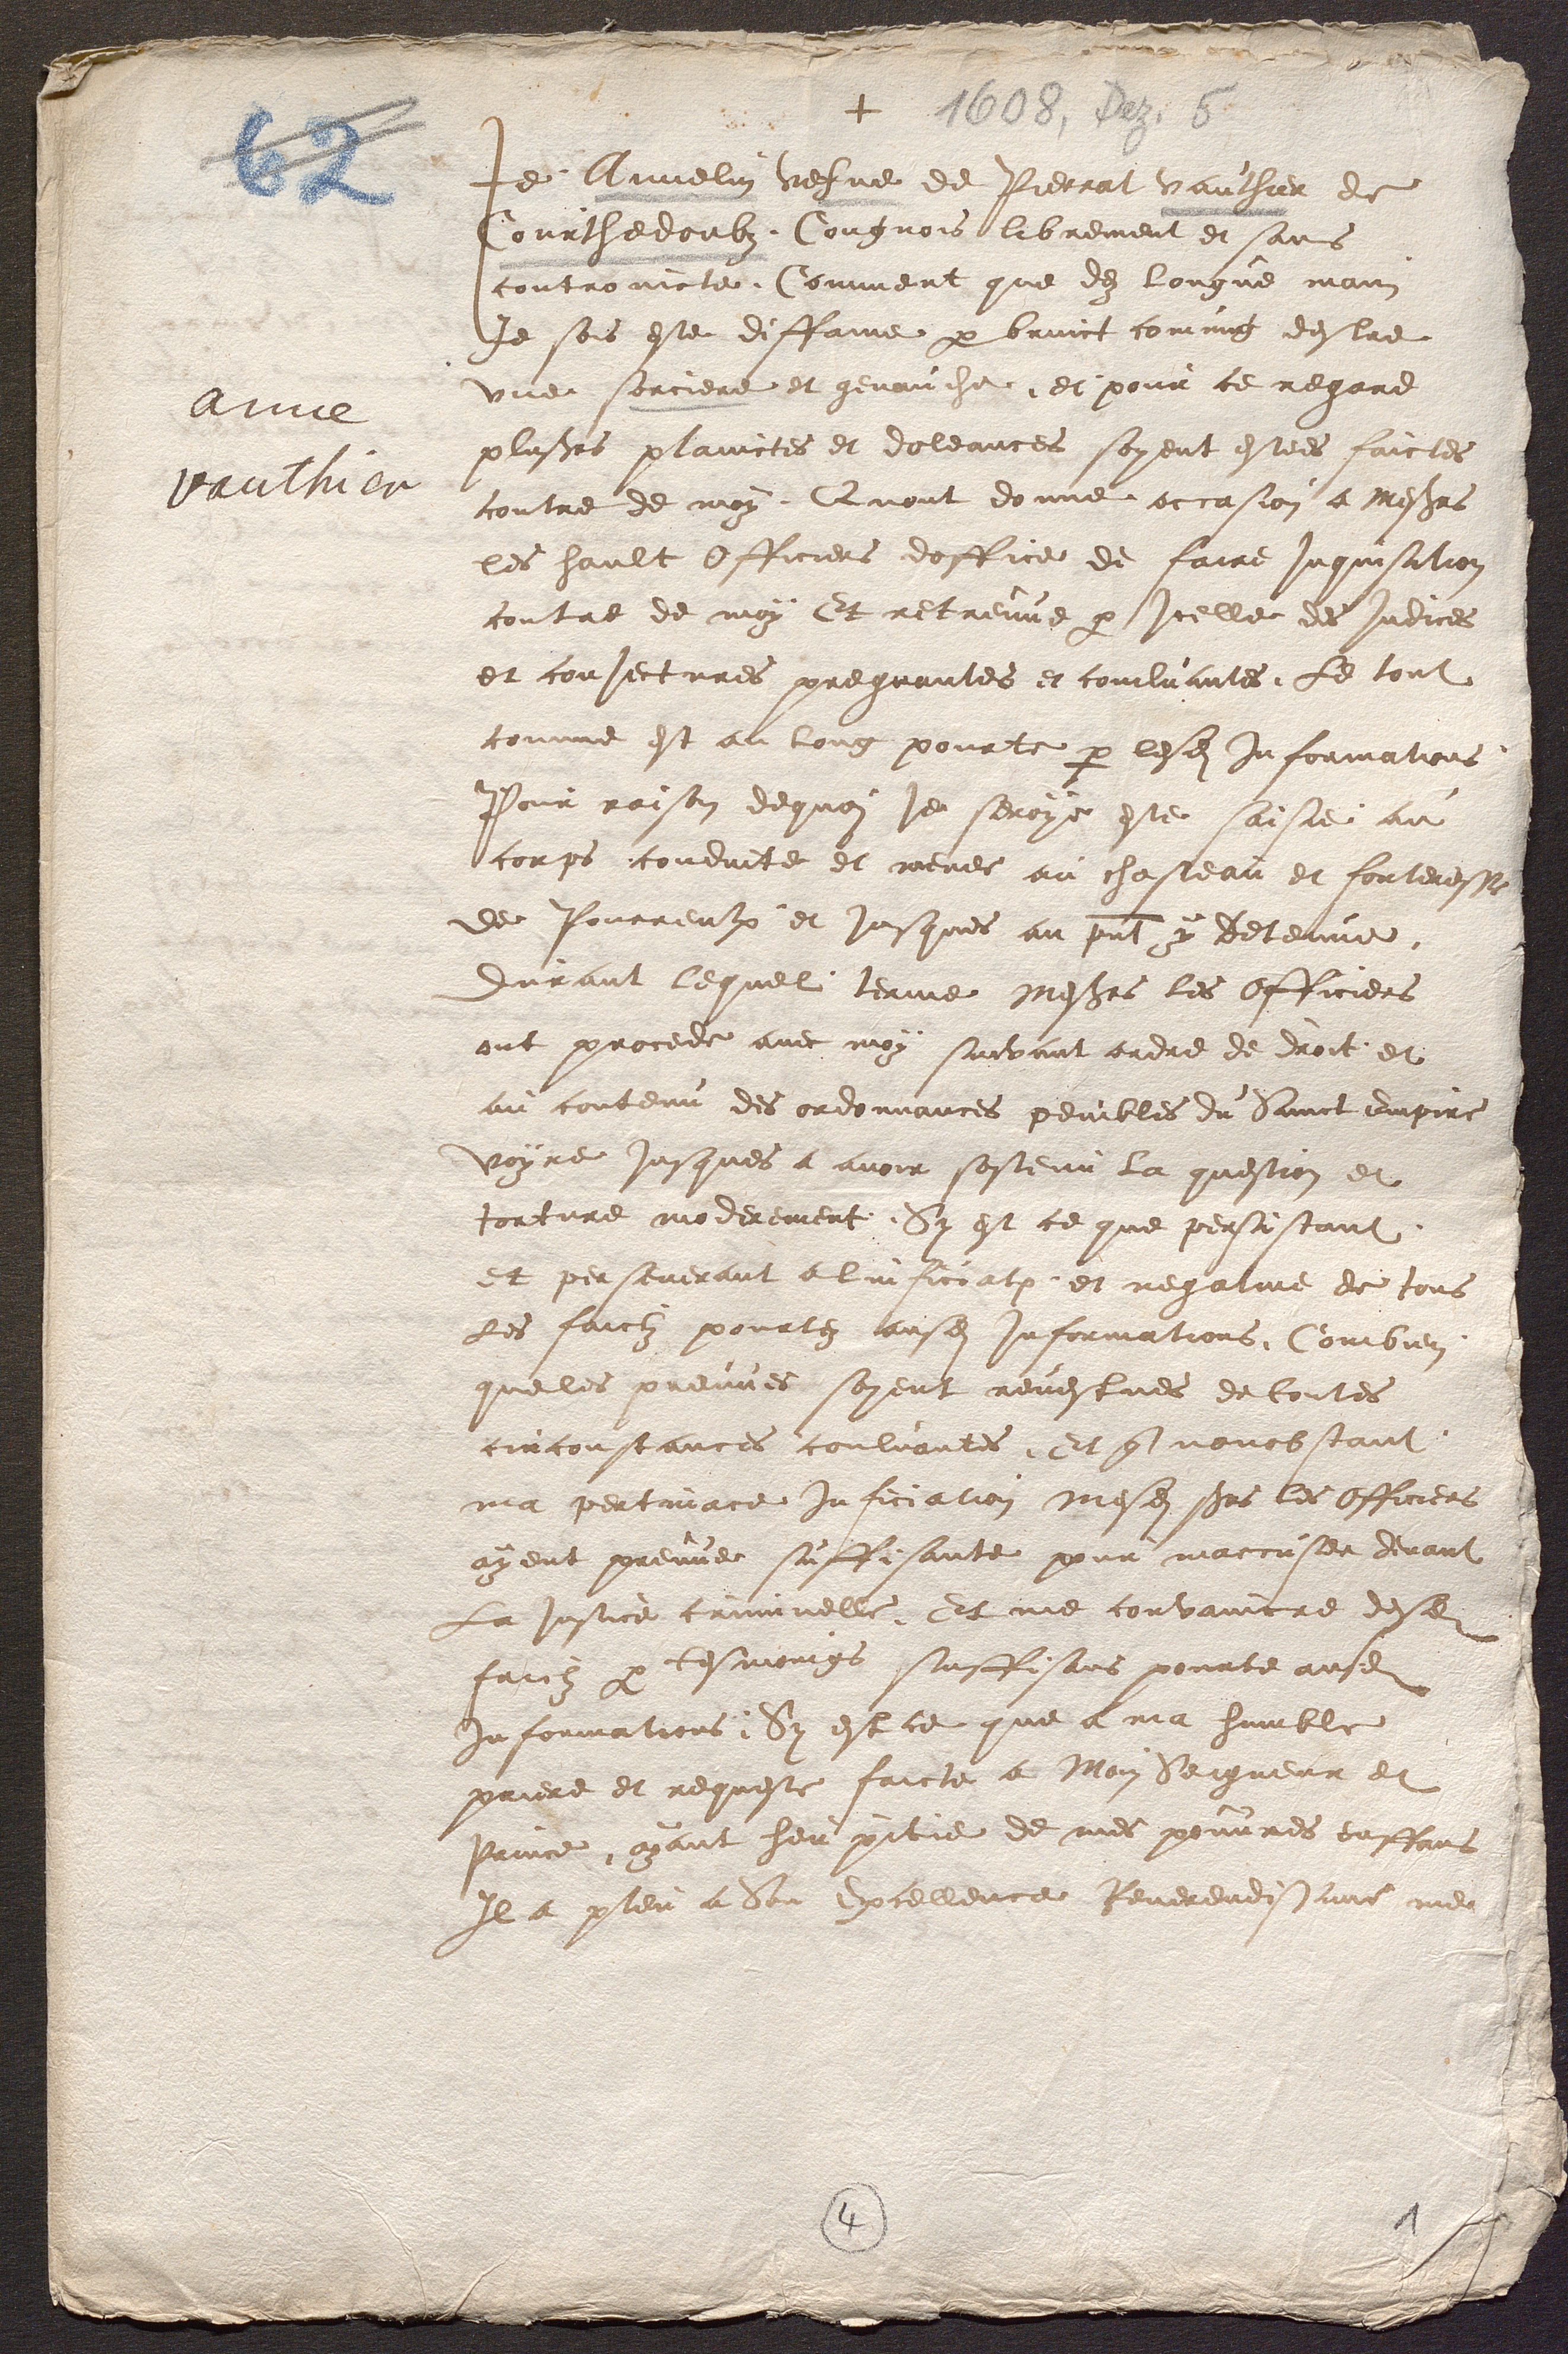
Je, Annelin vefve de Pierrat vauthier de
Courthedoubz, Cougnois librement et sans
controincte, Comment que dez longue main
Je sois este diffame par bruict comung destre
une sorciere et genauche, et pour ce regard
plusieurs plainctes et doleances soyent estees faictes
contre de moy, Quont donne occasion a Messieurs
les hault Officiers doffice de faire inquisition
contre de moy Et retreuve par icelle des indices
et conjectures pregnantes et concluantes, Le tout
comme est au long pourte par lesdites informations
Pour raison dequoi je seroye este saisie au
corps conduite et menee au chasteau et forteresse
de Pourrentruy et jusques au present y Detenue
durant lequel terme Messieurs les Officiers
 ont procede avec moy suivant ordre de droit et
au contenu des ordonnances penibles du Sainct Empire
voyre jusques a avoir sostenu la question et
torture moderement. Sy est ce que persistant
et perseverant a linficiatx, et negative de tous
Les faictz pourtez auxdites informations. Combien
Que les preuves soyent revestues de toutes
circonstances conluantes , Et que nonobstant
ma pertace inficiation Mesdits seigneurs les Officiers
ayent preuves suffisante pour maccuser devant
La justice criminelle, Et me convaincre desdits
faictz par tesmoing suffisans pourte ausdites
informations ; Sy est ce que a ma humble
priere et requeste faicte a Moin Seigneur et
Prince, ayant heu pitie de mes pouvres enffans
Il a pleu a Son Excellence Reverendissime me